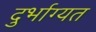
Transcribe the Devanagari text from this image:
दुर्भाग्यत